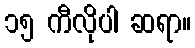
၁၅ ကီလိုပါ ဆရာ။